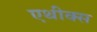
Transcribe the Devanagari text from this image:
एथीक्स